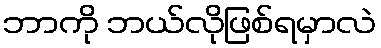
ဘာကို ဘယ်လိုဖြစ်ရမှာလဲ